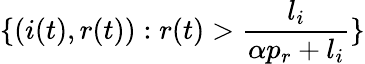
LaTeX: \{ (i(t),r(t)):r(t)>\frac{l_{i}}{\alpha p_{r}+l_{i}}\}